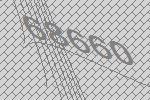
68660